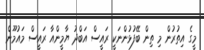
މީގެ އިތުރުން މި ތިން ބޭފުޅުންނަކީ ރައީސް އަބްދު ޔާމީންއާ ރައީސް މައުމޫން